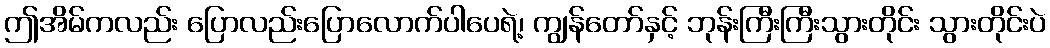
ဤအိမ်ကလည်း ပြောလည်းပြောလောက်ပါပေရဲ့၊ ကျွန်တော်နှင့် ဘုန်းကြီးကြီးသွားတိုင်း သွားတိုင်းပဲ